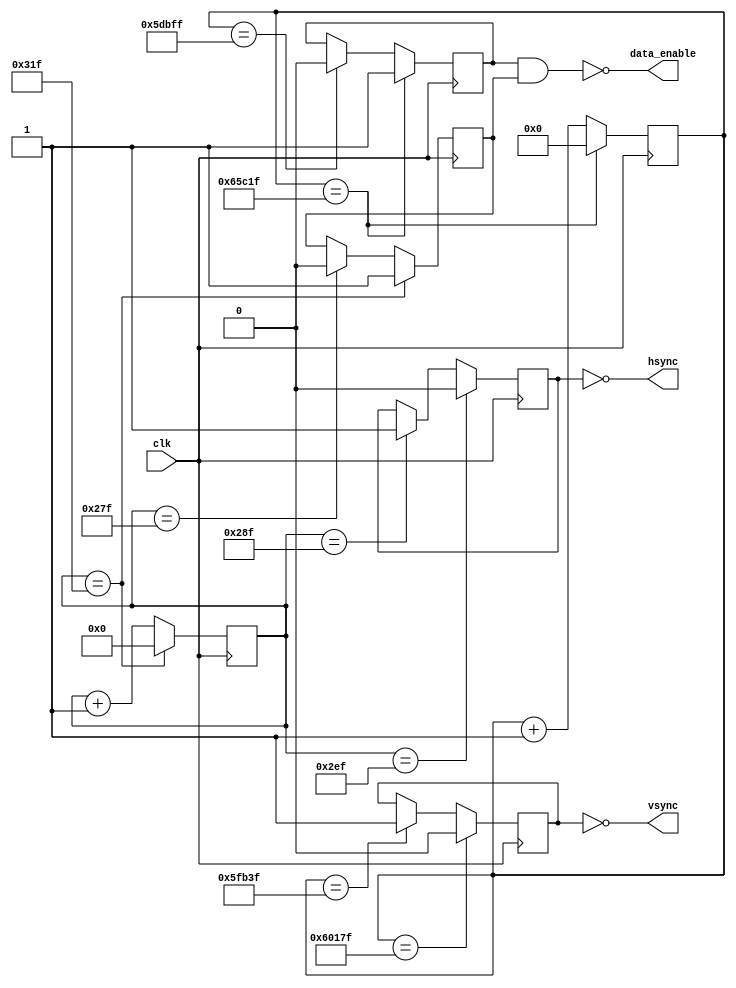
`timescale 1ns / 1ps
//////////////////////////////////////////////////////////////////////////////////
// Company: 
// Engineer: 
// 
// Design Name: 
// Module Name: sync_signals
// Project Name: 
// Target Devices: 
// Tool Versions: 
// Description: 
// 
// Dependencies: 
// 
// Revision:
// Revision 0.01 - File Created
// Additional Comments:
// 
//////////////////////////////////////////////////////////////////////////////////

module sync_signals (clk, vsync, hsync, data_enable);
input clk;
output data_enable;
output vsync;
output hsync;

parameter VFP = 8000;   //vertical front porch
parameter VBP = 23200;  //vertical back porch
parameter VPW = 1600;   //vertical pulse width
parameter VDT = 384000; //vertical display time
parameter VS = VFP + VBP + VPW + VDT;
parameter HFP = 16;     //horizontal front porch
parameter HBP = 48;     //horizontal back porch
parameter HPW = 96;     //horizontal pulse width
parameter HDT = 640;    //horizontal display time
parameter HS = HFP + HBP + HPW + HDT;

reg [19:0] vcounter = 0;
reg vfp = 0;
reg vbp = 0;
reg vpw = 0;
reg vdt = 1;
reg [12:0] hcounter = 0;
reg hfp = 0;
reg hbp = 0;
reg hpw = 0;
reg hdt = 1;

assign data_enable = !(vdt && hdt);
assign vsync = !vpw;
assign hsync = !hpw;

always @(posedge clk) begin
    vcounter <= vcounter +1;
    if (vcounter == (VDT - 1)) begin
        vdt <= 0;
        vfp <= 1;
    end if (vcounter == (VDT + VFP - 1)) begin
        vfp <= 0;
        vpw <= 1;
    end if (vcounter == (VDT + VFP + VPW - 1)) begin
        vpw <= 0;
        vbp <= 1;
    end if (vcounter == (VS - 1)) begin
        vcounter <= 0;
        vbp <= 0;
        vdt <= 1;
    end
    
    hcounter <= hcounter +1;
    if (hcounter == (HDT - 1)) begin
        hdt <= 0;
        hfp <= 1;
    end if (hcounter == (HDT + HFP - 1)) begin
        hfp <= 0;
        hpw <= 1;
    end if (hcounter == (HDT + HFP + HPW - 1)) begin
        hpw <= 0;
        hbp <= 1;
    end if (hcounter == (HS - 1)) begin
        hcounter <= 0;
        hbp <= 0;
        hdt <= 1;
    end
end
endmodule


module sync_output_tb;
reg clk = 1;
wire vsync, hsync, data_enable;
always begin
    clk = !clk;
    #20;
end
sync_signals dut(clk, vsync, hsync, data_enable);
endmodule